Account of plague administration in the Bombay Presidency from September 1896 till May 1897
Year: 1896
Disease focus: Plague
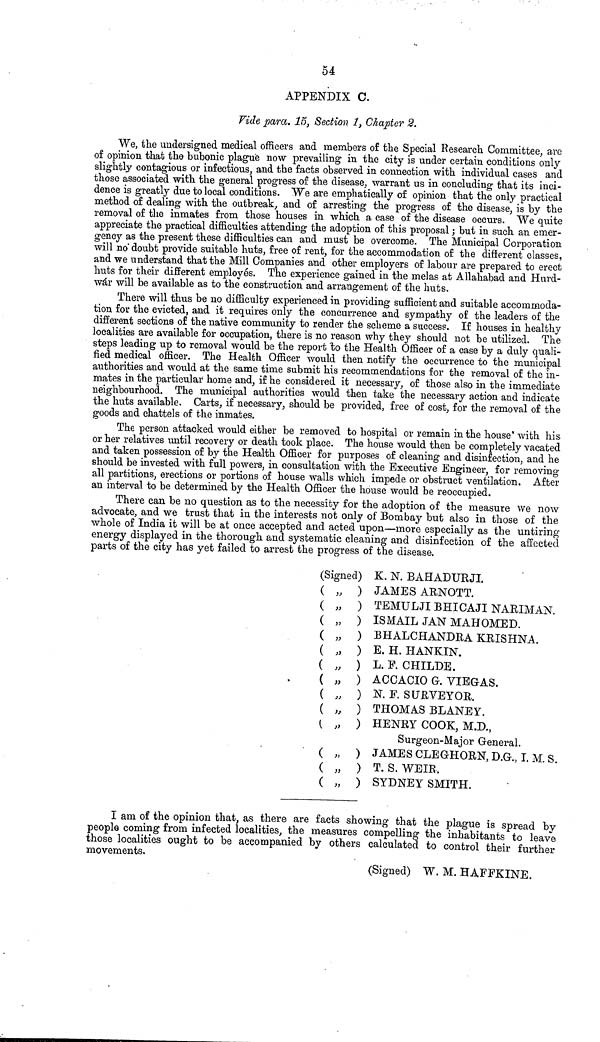
54
APPENDIX C.
Vide para. 15, Section I, Chapter 2.
We, the undersigned medical officers and members of the Special Research Committee, are
of opinion that the bubonic plague now prevailing in the city is under certain conditions only
slightly contagious or infectious, and the facts observed in connection with individual cases and
those associated with the general progress of the disease, warrant us in concluding that its inci-
dence is greatly due to local conditions. We are emphatically of opinion that the only practical
method of dealing with the outbreak, and of arresting the progress of the disease, is by the
removal of the inmates from those houses in which a case of the disease occurs. We quite
appreciate the practical difficulties attending the adoption of this proposal ; but in such an emer-
gency as the present these difficulties can and must be overcome. The Municipal Corporation
will no' doubt provide suitable huts, free of rent, for the accommodation of the different classes,
and we understand that the Mill Companies and other employers of labour are prepared to erect
huts for their different employes. The experience gained in the melas at Allahabad and Kurd-
war will be available as to the construction and arrangement of the huts.
There will thus be no difficulty experienced in providing sufficient and suitable accommoda-
tion for the evicted, and it requires only the concurrence and sympathy of the leaders of the
different sections of the native community to render the scheme a success. If houses in healthy
localities are available for occupation, there is no reason why they should not be utilized. The
steps leading up to removal would be the report %o the Health Officer of a case by a duly quali-
fied medical officer. The Health Officer would then notify the occurrence to the municipal
authorities and would at the same time submit his recommendations for the removal of the in-
mates in the particular home and, if he considered it necessary, of those also in the immediate
neighbourhood. The municipal authorities would then take the necessary action and indicate
the huts available. Carts, if necessary, should be provided, free of cost, for the removal of the
goods and chattels of the inmates.
The person attacked would either be removed to hospital or remain in the house' with his
or her relatives until recovery or death took place. The hoxise would then be completely vacated
and taken possession of by the Health Officer for purposes of cleaning and disinfection, and he
should be invested with full powers, in consultation with the Executive Engineer, for removing
all partitions, erections or portions of house walls which impede or obstruct ventilation. After
an interval to be determined by the Health Officer the house would be reoccupied.
There can be no question as to the necessity for the adoption of the measure we now
advocate, and we trust that in the interests not only of Bombay but also in those of the
whole of India it will be at once accepted and acted upon—more especially as the untiring
energy displayed in the thorough and systematic cleaning and disinfection of the affected
parts of the city has yet failed to arrest the progress of the disease.
(Signed) K. N. BAHADUBJI.
( „ ) JAMES ARNOTT.
( „ ) TEMULJIBHICAJINAKEMAN.
( „ ) ISMAIL JAN MAHOMED.
( „ ) BHALCHANDRA KRISHNA.
( „ ) Ε. Η. ΗΑΝΚΙΝ.
( „ ) L. P. CHILDE.
( „ ) ACCACIO G. VIEGAS.
( „ ) N. F. SURVEYOR.
( „ ) THOMAS BLANEY.
( „ ) HENRY COOK, M.D.,
Surgeon-Major General.
( „ ) JAMES CLEGHORN, D.G., I. M. S.
( „ ) T. S. WEIR.
( „ ) SYDNEY SMITH.
I am of the opinion that, as there are facts showing that the plague is spread bv
people coming from infected localities, the measures compelling the inhabitants to leave
those localities ought to be accompanied by others calculated to control their further
movements,
(Signed) W. M. HAFFKINE.